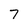
Character: 7